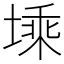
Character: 塖